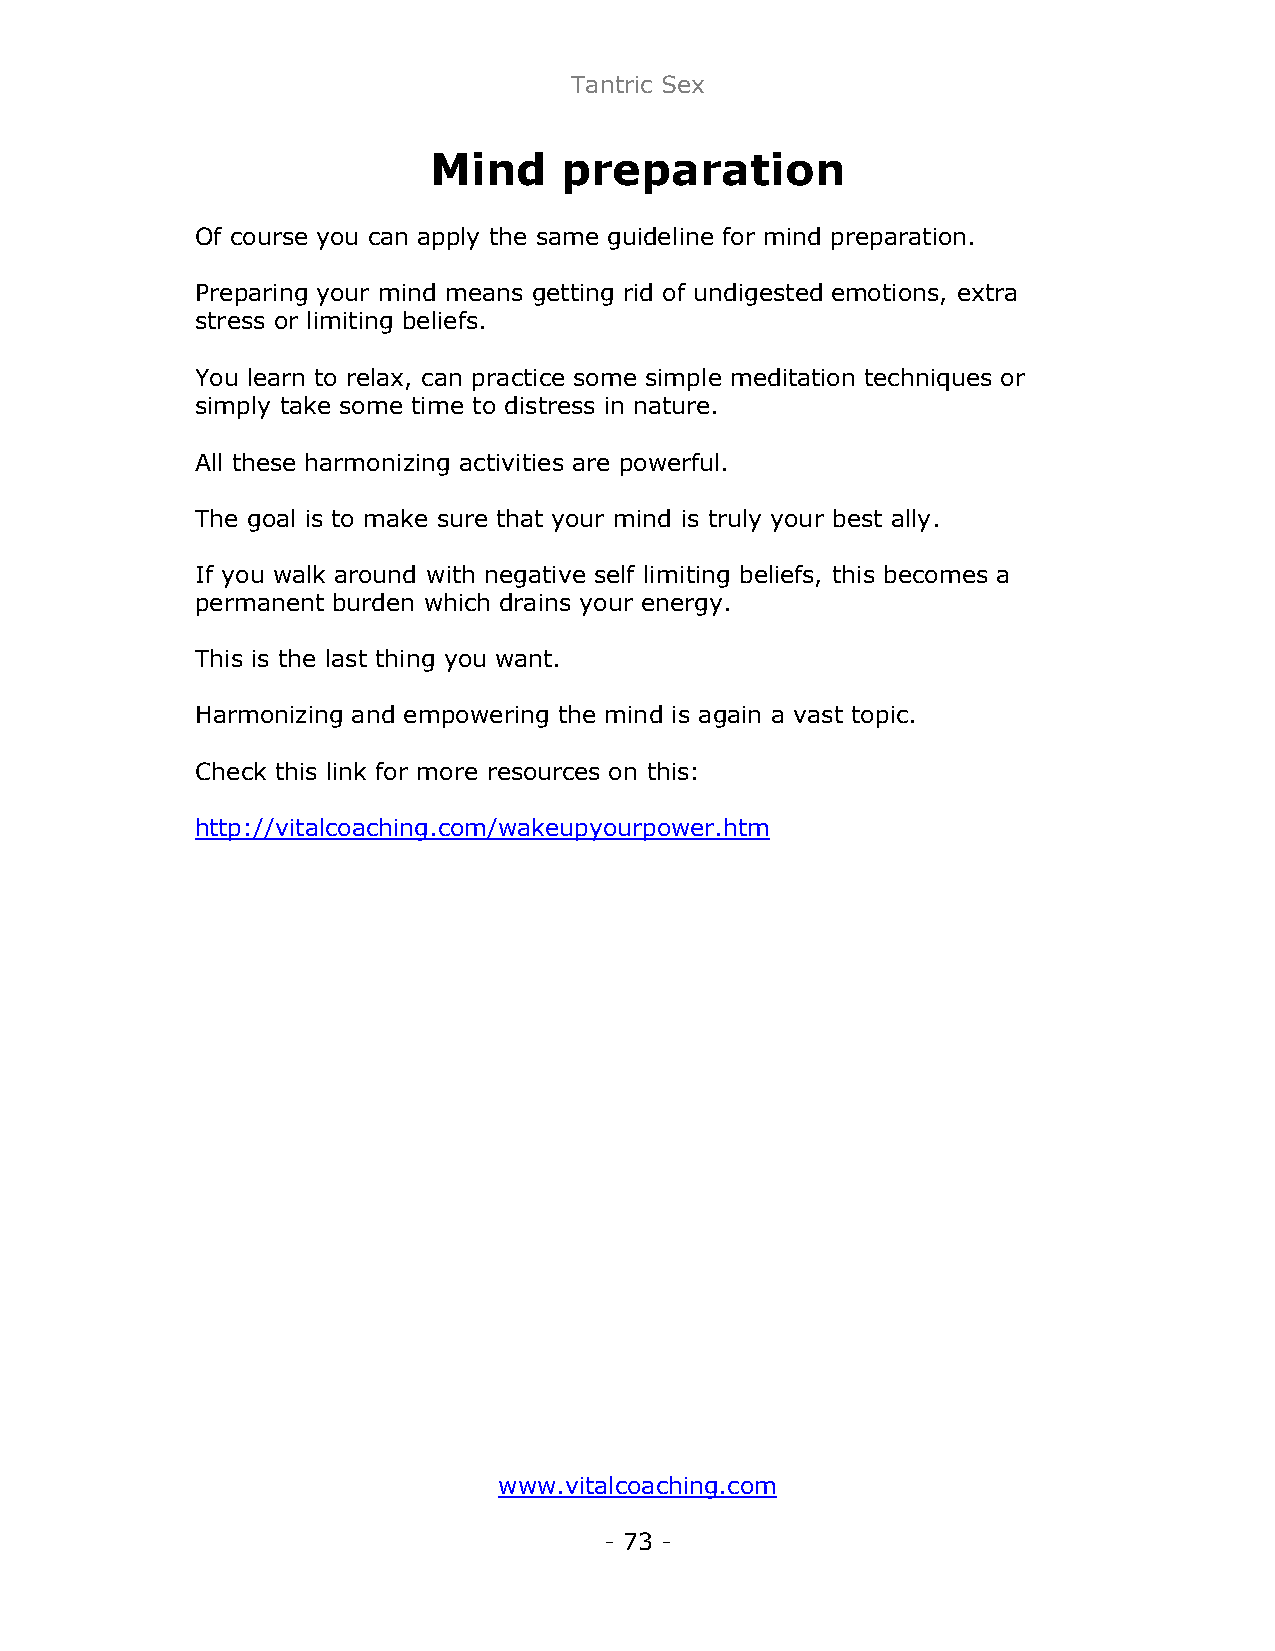
Tantric Sex
 Mind     preparation
 Of course you can apply the same guideline for mind preparation.
 Preparing your mind means getting rid of undigested emotions, extra
 stress or limiting beliefs.
 You learn to relax, can practice some simple meditation techniques or
 simply take some time to distress in nature.
 All these harmonizing activities are powerful.
 The goal is to make sure that your mind is truly your best ally.
 If you walk around with negative self limiting beliefs, this becomes a
 permanent burden which drains your energy.
 This is the last thing you want.
 Harmonizing and empowering the mind is again a vast topic.
 Check this link for more resources on this:
 http://vitalcoaching.com/wakeupyourpower.htm
 www.vitalcoaching.com
 - 73 -